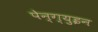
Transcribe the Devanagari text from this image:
पेन्ग्युइन